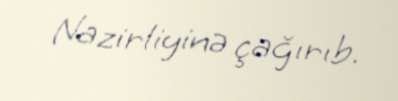
Nazirliyinə çağırıb.